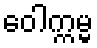
ဝေါက္ကမ္မ